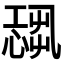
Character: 𢟃